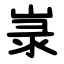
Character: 㟤